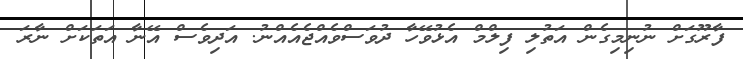
ފާރޫގަށް ނުނިމިގެން އަތުލި ފިލްމް އެޅުވޭހާ ދުވަސްވެއްޖެއެއްނު. އަދިވެސް އޭނާ އަތަކަށް ނާރަ